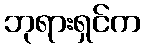
ဘုရားရှင်က